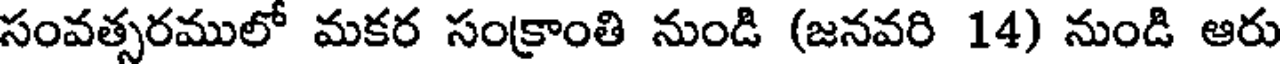
సంవత్సరములో మకర సంక్రాంతి నుండి (జనవరి 14) నుండి ఆరు